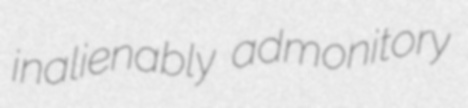
inalienably admonitory